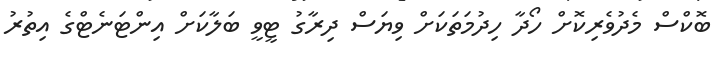
ބޮކްސް މެދުވެރިކޮށް ހޯދާ ހިދުމަތަކަށް ވިޔަސް ދިރާގު ޓީވީ ބަލާކަށް އިންޓަނެޓްގެ އިތުރު